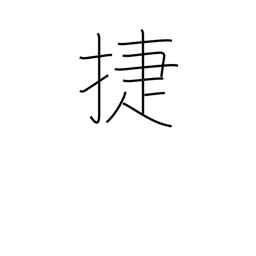
Meaning: fast